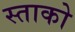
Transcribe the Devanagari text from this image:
स्ताको